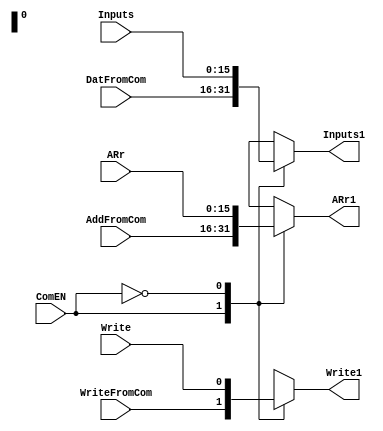
module ComProSelect(ComEN , WriteFromCom , DatFromCom, AddFromCom, Write , Inputs , ARr , Write1 , Inputs1 , ARr1 
    );
input ComEN;
input WriteFromCom;
input Write;
input [15:0] DatFromCom;
input [15:0] AddFromCom;
input [15:0] ARr;
input [15:0] Inputs;
output Write1;
reg SWrite1;
output [15:0] ARr1;
reg [15:0] SARr1;
output [15:0] Inputs1;
reg [15:0] SInputs1;

always @(ComEN or WriteFromCom or AddFromCom or DatFromCom or Write or ARr or Inputs)
begin
	case (ComEN)
	1'b1:
	begin
	 SWrite1<=WriteFromCom;
	 SARr1<=AddFromCom;
	 SInputs1 <= DatFromCom;
	end
	1'b0:
	begin
	 SWrite1 <= Write;
	 SARr1 <= ARr;
	 SInputs1 <= Inputs;
	end
	endcase
end

assign Write1 = SWrite1;
assign Inputs1 = SInputs1;
assign ARr1 = SARr1;
endmodule